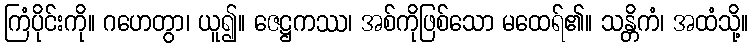
ကြံပိုင်းကို။ ဂဟေတွာ၊ ယူ၍။ ဇေဋ္ဌကဿ၊ အစ်ကိုဖြစ်သော မထေရ်၏။ သန္တိကံ၊ အထံသို့။